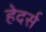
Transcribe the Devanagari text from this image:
हेदर्स